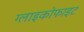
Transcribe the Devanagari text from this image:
ग्लाइकोफाइट